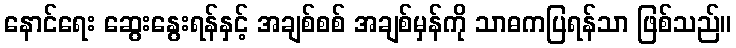
နောင်ရေး ဆွေးနွေးရန်နှင့် အချစ်စစ် အချစ်မှန်ကို သာဓကပြရန်သာ ဖြစ်သည်။